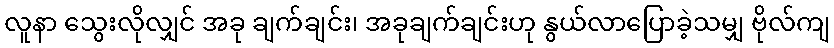
လူနာ သွေးလိုလျှင် အခု ချက်ချင်း၊ အခုချက်ချင်းဟု နွယ်လာပြောခဲ့သမျှ ဗိုလ်ကျ